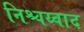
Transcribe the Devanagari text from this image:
निश्चय्वाद